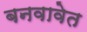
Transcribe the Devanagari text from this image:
बनवावेत